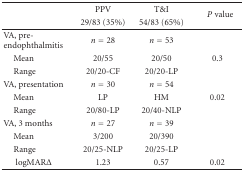
|  | PPV | T&I | <ROWSPAN=2> P value |
 |  | 29/83 (35%) | 54/83 (65%) |
 | --- | --- | --- | --- |
 | VA, pre-endophthalmitis | n = 28 | n = 53 |  |
 | Mean | 20/55 | 20/50 | 0.3 |
 | Range | 20/20-CF | 20/20-LP |  |
 | VA, presentation | n = 30 | n = 54 |  |
 | Mean | LP | HM | 0.02 |
 | Range | 20/80-LP | 20/40-NLP |  |
 | VA, 3 months | n = 27 | n = 39 |  |
 | Mean | 3/200 | 20/390 |  |
 | Range | 20/25-NLP | 20/25-LP |  |
 | logMARΔ | 1.23 | 0.57 | 0.02 |